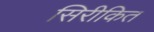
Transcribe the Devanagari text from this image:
सिरीकित